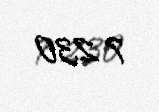
7 230